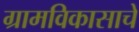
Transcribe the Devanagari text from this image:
ग्रामविकासाचे